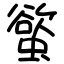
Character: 螸